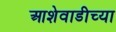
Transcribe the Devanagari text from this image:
आशेवाडीच्या